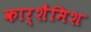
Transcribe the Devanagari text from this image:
कार्शैमिश